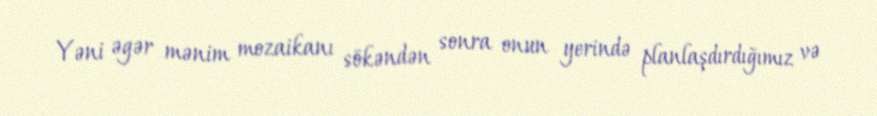
Yəni əgər mənim mozaikanı sökəndən sonra onun yerində planlaşdırdığımız və